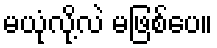
မယုံလို့လဲ မဖြစ်ပေ။